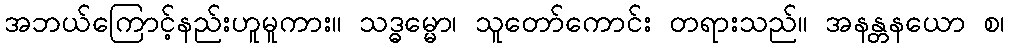
အဘယ်ကြောင့်နည်းဟူမူကား။ သဒ္ဓမ္မော၊ သူတော်ကောင်း တရားသည်။ အနန္တနယော စ၊